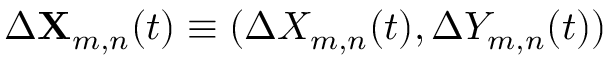
\Delta \mathbf { X } _ { m , n } ( t ) \equiv ( \Delta X _ { m , n } ( t ) , \Delta Y _ { m , n } ( t ) )